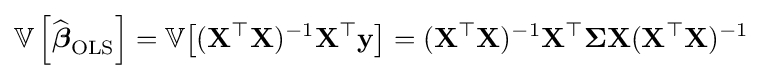
\mathbb {V} \left[{\widehat {\boldsymbol {\beta }}}_{\mathrm {OLS} }\right]=\mathbb {V} {\big [}(\mathbf {X} ^{\top }\mathbf {X} )^{-1}\mathbf {X} ^{\top }\mathbf {y} {\big ]}=(\mathbf {X} ^{\top }\mathbf {X} )^{-1}\mathbf {X} ^{\top }\mathbf {\Sigma } \mathbf {X} (\mathbf {X} ^{\top }\mathbf {X} )^{-1}